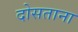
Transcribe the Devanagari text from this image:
दोसताना